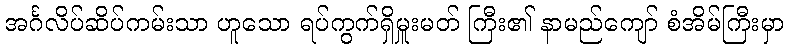
အင်္ဂလိပ်ဆိပ်ကမ်းသာ ဟူသော ရပ်ကွက်ရှိမှူးမတ် ကြီး၏ နာမည်ကျော် စံအိမ်ကြီးမှာ